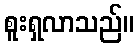
စူးရှလာသည်။